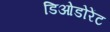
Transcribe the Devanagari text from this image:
डिओडोरेंट